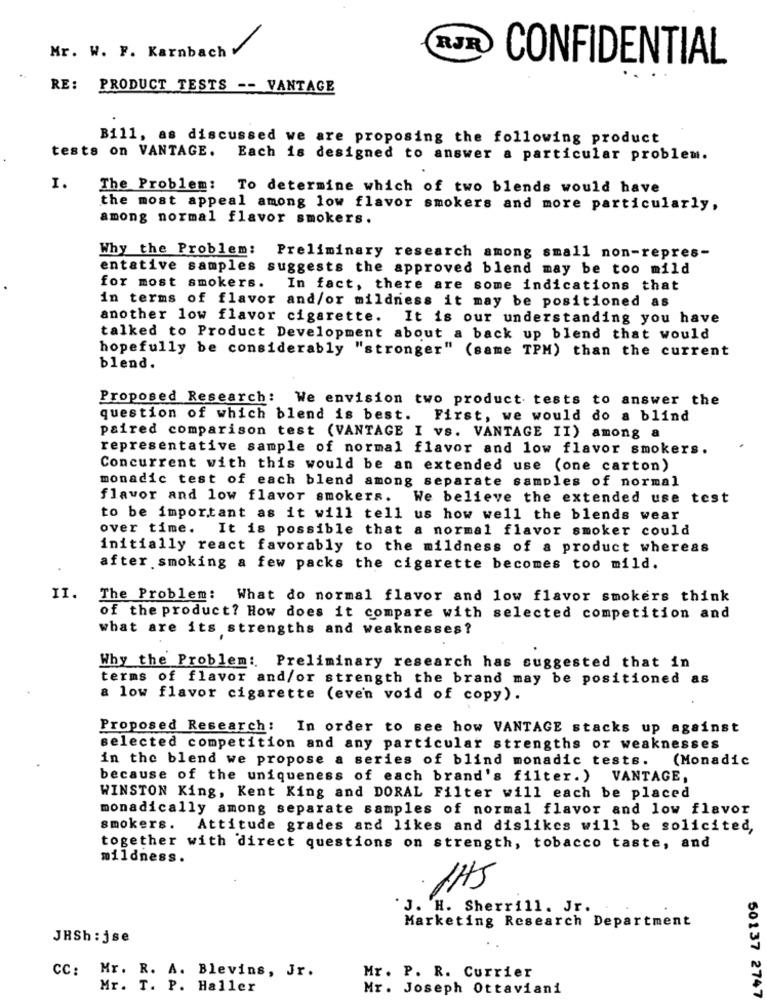
Mr. W. F. Karnbach V
RJR
CONFIDENTIAL
RE:
PRODUCT TESTS -- VANTAGE
Bill, as discussed we are proposing the following product
tests on VANTAGE. Each is designed to answer a particular problem.
I.
The Problem: To determine which of two blends would have
the most appeal among low flavor smokers and more particularly,
among normal flavor smokers.
Why the Problem: Preliminary research among small non-repres-
entative samples suggests the approved blend may be too mild
for most smokers. In fact, there are some indications that
in terms of flavor and/or mildness it may be positioned as
another low flavor cigarette. It is our understanding you have
talked to Product Development about a back up blend that would
hopefully be considerably "stronger" (same TPM) than the current
blend.
Proposed Research: We envision two product tests to answer the
question of which blend is best. First, we would do a blind
paired comparison test (VANTAGE I vs. VANTAGE II) among a
representative sample of normal flavor and low flavor smokers.
Concurrent with this would be an extended use (one carton)
monadic test of each blend among separate samples of normal
flavor and low flavor smokers. We believe the extended use test
to be important as it will tell us how well the blends wear
over time. It is possible that a normal flavor smoker could
initially react favorably to the mildness of a product whereas
after smoking a few packs the cigarette becomes too mild.
II.
The Problem: What do normal flavor and low flavor smokers think
of the product? How does it compare with selected competition and
what are its strengths and weaknesses?
Why the Problem: Preliminary research has suggested that in
terms of flavor and/or strength the brand may be positioned as
a low flavor cigarette (even void of copy).
Proposed Research: In order to see how VANTAGE stacks up against
selected competition and any particular strengths or weaknesses
in the blend we propose a series of blind monadic tests. (Monadic
because of the uniqueness of each brand's filter. ) VANTAGE,
WINSTON King, Kent King and DORAL Filter will each be placed
monadically among separate samples of normal flavor and low flavor
smokers.
Attitude grades and likes and dislikes will be solicited,
together with direct questions on strength, tobacco taste, and
mildness.
·1HS
'J. H. Sherrill. Jr.
Marketing Research Department
JHSh: jse
CC: Mr. R. A. Blevins, Jr.
Mr. P. R. Currier
Mr. T. P. Haller
Mr. Joseph Ottaviani
50137 2747